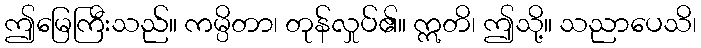
ဤမြေကြီးသည်။ ကမ္ပိတာ၊ တုန်လှုပ်၏။ ဣတိ၊ ဤသို့။ သညာပေသိ၊